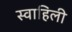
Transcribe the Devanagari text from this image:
स्‍वाहिली